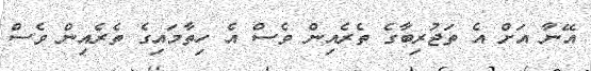
އޭނާ އަށް އެ ތަޖުރިބާގެ ތެރެއިން ވެސް އެ ހިތާމައިގެ ތެރެއިން ވެސް